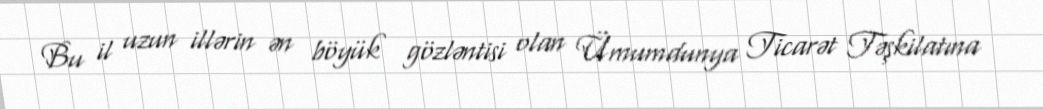
Bu il uzun illərin ən böyük gözləntisi olan Ümumdunya Ticarət Təşkilatına